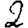
Digit: 2